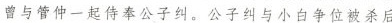
曾与管仲一起侍奉公子纠。公子纠与小白争位被杀后